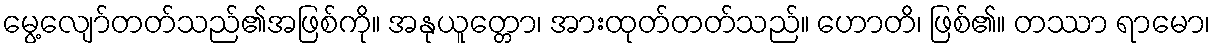
မွေ့လျော်တတ်သည်၏အဖြစ်ကို။ အနုယူတ္တော၊ အားထုတ်တတ်သည်။ ဟောတိ၊ ဖြစ်၏။ တဿာ ရာမော၊